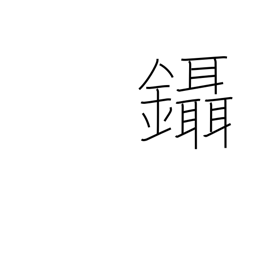
Meaning: pluck hair